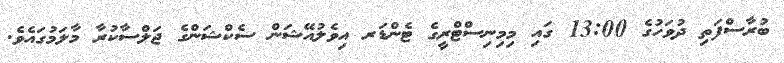
ބުރާސްފަތި ދުވަހުގެ 13:00 ގައި މިމިނިސްޓްރީގެ ޓެންޑަރ އިވެލުއޭޝަން ސެކްޝަންގެ ޖަލްސާކުރާ މާލަމުގައެވެ.